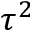
\tau ^ { 2 }